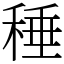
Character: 䅜